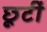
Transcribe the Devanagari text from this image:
छूटीं